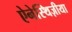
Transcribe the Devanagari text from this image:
ऐनेस्थिज़ीया